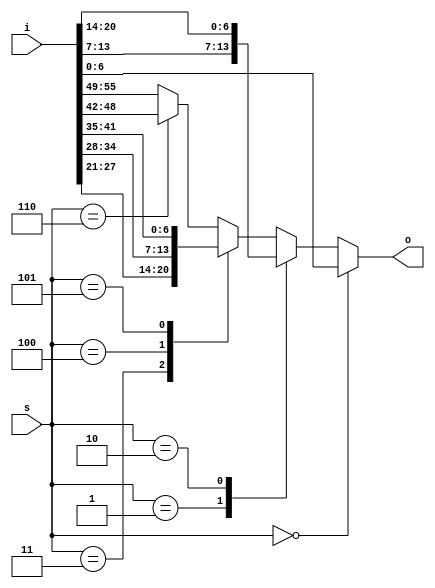
module mux_case_unbal_8_7#(parameter N=8, parameter W=7) (input [N*W-1:0] i, input [$clog2(N)-1:0] s, output reg [W-1:0] o);
always @* begin
    o <= {W{1'bx}};
    case (s)
    0: o <= i[0*W+:W];
    default:
        case (s)
        1: o <= i[1*W+:W];
        2: o <= i[2*W+:W];
        default:
            case (s)
            3: o <= i[3*W+:W];
            4: o <= i[4*W+:W];
            5: o <= i[5*W+:W];
            default:
                case (s)
                    6: o <= i[6*W+:W];
                    default: o <= i[7*W+:W];
                endcase
            endcase
        endcase
    endcase
end
endmodule